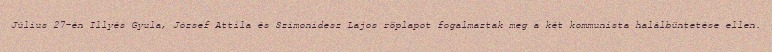
Július 27-én Illyés Gyula, József Attila és Szimonidesz Lajos röplapot fogalmaztak meg a két kommunista halálbüntetése ellen.